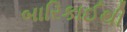
બારિકાઈથી